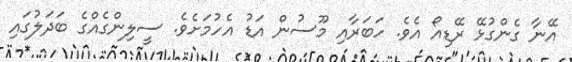
އޭނާ ގެންގުޅޭ ރޭޑިއޯ އެވެ. ހަބަރާއި މޫސުން އަޑު އެހުމަށެވެ. ސީލިންގެއްގެ ބަދަލުގައި